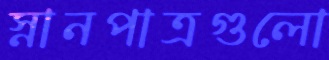
স্নানপাত্রগুলো